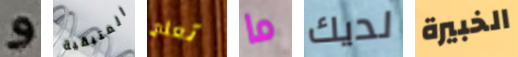
و المتبقية تعلم ما لديك الخبيرة